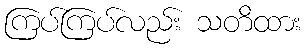
ကြပ်ကြပ်လည်း သတိထား